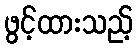
ဖွင့်ထားသည့်